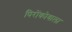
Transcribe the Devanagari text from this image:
पिरोंकोवाला